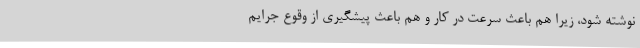
نوشته ‌شود، زیرا هم باعث سرعت در کار و هم باعث پیشگیری از وقوع جرایم